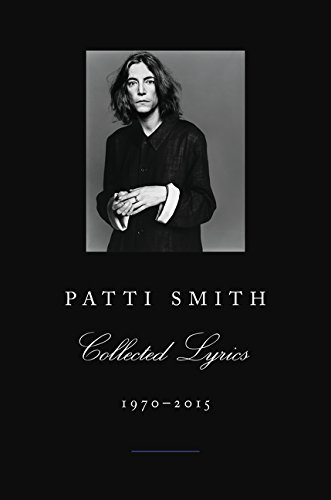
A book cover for Patti Smith Collected Lyrics, 1970-2015; Patti Smith; Arts & Photography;